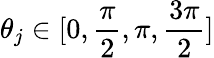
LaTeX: \theta_{j}\in[0,\frac{\pi}{2},\pi,\frac{3\pi}{2}]